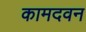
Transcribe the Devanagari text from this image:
कामदवन